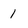
Character: 1